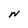
Character: N